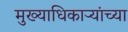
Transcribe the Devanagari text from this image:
मुख्याधिकाऱ्यांच्या